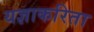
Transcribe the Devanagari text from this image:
यज्ञाकरिता